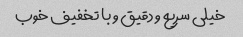
خیلی سریع و دقیق و با تخفیف خوب